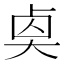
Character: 𠧵